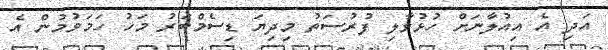
އަދި އެ އިއުލާނަށް ހުޅުވާލި ފުރުސަތު މިދިޔަ ޑިސެމްބަރު މަހު ހަމަވުމުން އެ